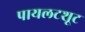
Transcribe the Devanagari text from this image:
पायलटशूट